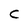
Character: C